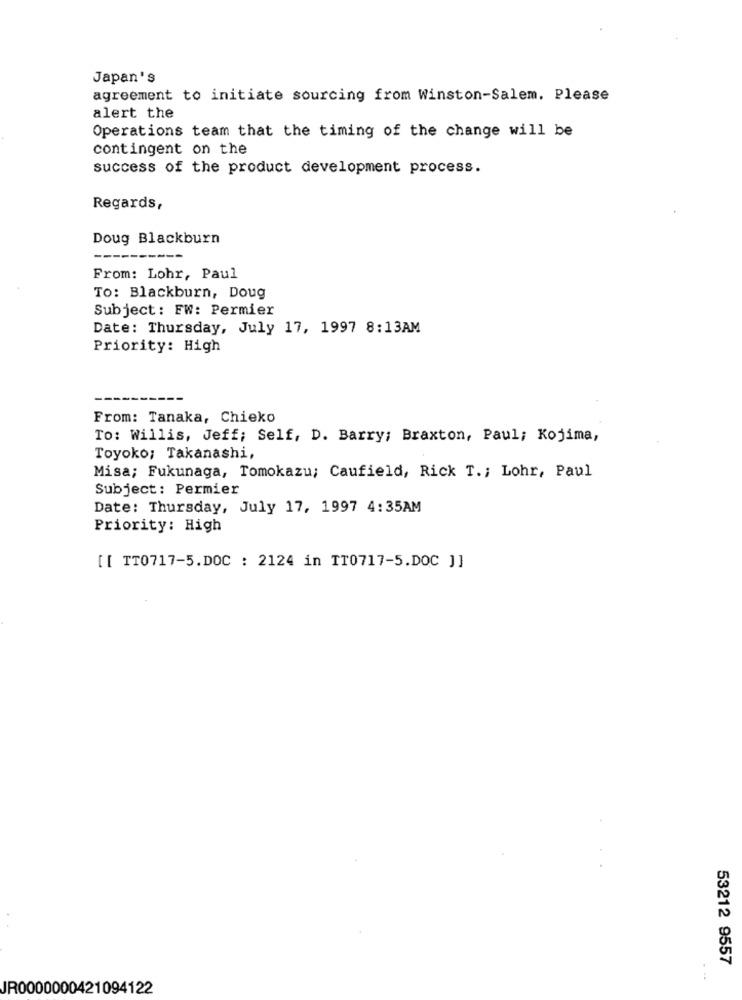
Japan's
agreement to initiate sourcing from Winston-Salem. Please
alert the
Operations team that the timing of the change will be
contingent on the
success of the product development process.
Regards,
Doug Blackburn
From: Lohr, Paul
TO: Blackburn, Doug
Subject: FW: Permier
Date: Thursday, July 17, 1997 8:13AM
Priority: High
From: Tanaka, Chieko
To: Willis, Jeff; Self, D. Barry; Braxton, Paul; Kojima,
Toyoko; Takanashi,
Misa; Fukunaga, Tomokazu; Caufield, Rick T .; Lohr, Paul
Subject: Permier
Date: Thursday, July 17, 1997 4:35AM
Priority: High
[[ TT0717-5.DOC : 2124 in TT0717-5.DOC ]]
53212 9557
JR0000000421094122